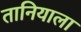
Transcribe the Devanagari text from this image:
तानियाला